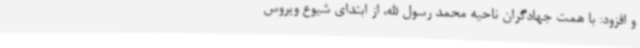
و افزود: با همت جهادگران ناحیه محمد رسول الله، از ابتدای شیوع ویروس